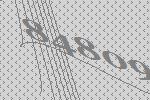
84809